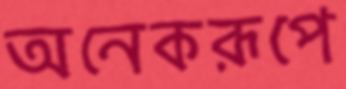
অনেকরূপে